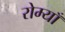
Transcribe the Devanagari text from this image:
रोम्याँ